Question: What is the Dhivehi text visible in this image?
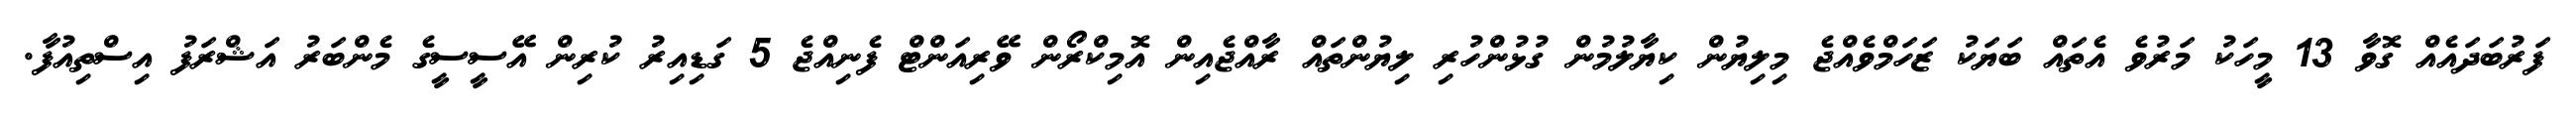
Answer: ފަރުބަދައެއް ގޮވާ 13 މީހަކު މަރުވެ އެތައް ބަޔަކު ޒަހަމްވެއްޖެ މިލިޔުން ކިޔާލުމުން ގުޅުންހުރި ލިޔުންތައް ރާއްޖެއިން އޮމިކްރޯން ވޭރިއަންޓް ފެނިއްޖެ 5 ގަޑިއިރު ކުރިން އޭސީސީގެ މެންބަރު އަޝްރަފު އިސްތިއުފާ.